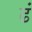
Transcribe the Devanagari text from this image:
ढं